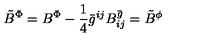
{ \tilde { B } } ^ { \Phi } = { B } ^ { \Phi } - \frac { 1 } { 4 } { \bar { g } } ^ { i j } B _ { i j } ^ { \bar { g } } = { \tilde { B } } ^ { \phi }